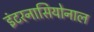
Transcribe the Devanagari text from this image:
इंटरनासियोनाल